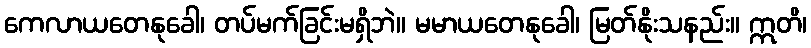
ကေလာယတေနုခေါ၊ တပ်မက်ခြင်းမရှိဘဲ။ မမာယတေနုခေါ၊ မြတ်နိုးသနည်း။ ဣတိ၊